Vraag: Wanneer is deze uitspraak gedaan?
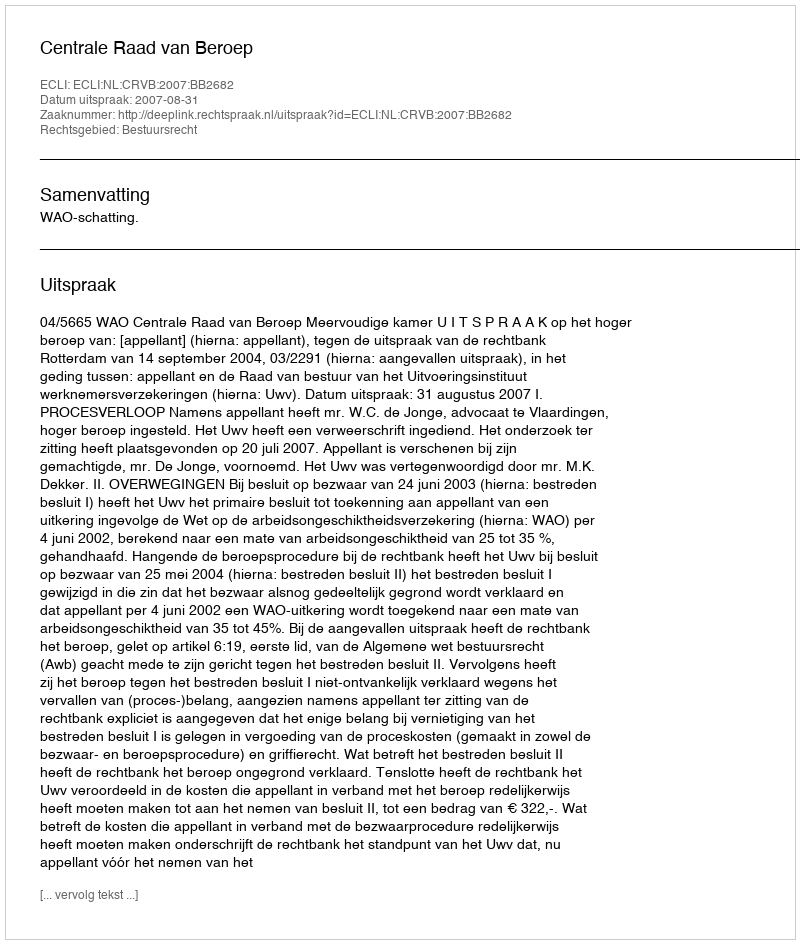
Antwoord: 2007-08-31